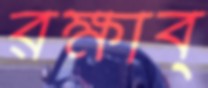
রক্ষাব্